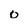
Character: o